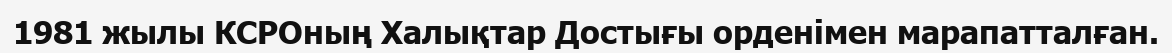
1981 жылы КСРОның Халықтар Достығы орденімен марапатталған.